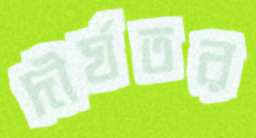
দীর্ঘতর